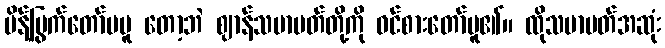
မိန့်မြွက်တော်မမူ တော့ဘဲ ဈာန်သမာပတ်တို့ကို ဝင်စားတော်မူ၏။ ထိုသမာပတ်အဆုံး